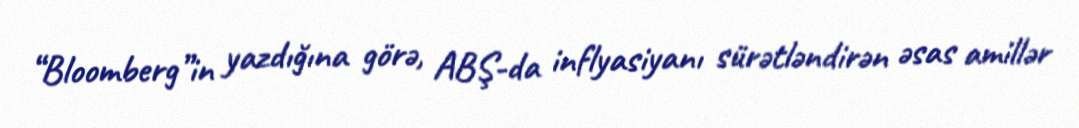
“Bloomberg”in yazdığına görə, ABŞ-da inflyasiyanı sürətləndirən əsas amillər